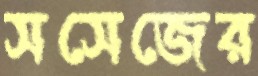
সসেজের